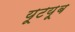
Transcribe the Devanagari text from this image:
यूटय़ूब